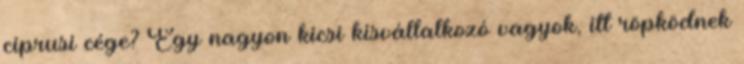
ciprusi cége? Egy nagyon kicsi kisvállalkozó vagyok, itt röpködnek